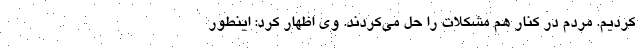
کردیم. مردم در کنار هم مشکلات را حل می‌کردند. وی اظهار کرد: اینطور